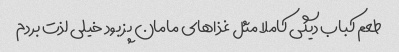
طعم کباب دیگی کاملا مثل غذاهای مامان پز بود خیلی لذت بردم